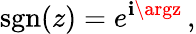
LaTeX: \operatorname{sgn}(z)=e^{\mathbf{i}\argz}\, ,